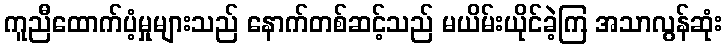
ကူညီထောက်ပံ့မှုများသည် နောက်တစ်ဆင့်သည် မယိမ်းယိုင်ခဲ့ကြ အသာလွန်ဆုံး